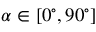
\alpha \in [ 0 ^ { \circ } , 9 0 ^ { \circ } ]